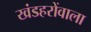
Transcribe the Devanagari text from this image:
खंडहरोंवाला